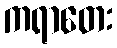
ကရာတေး